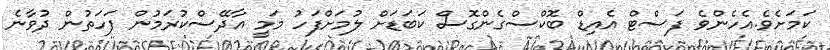
ކަމަށެވެ.އެހެންވެ ފަސްޓް އެއިޑް ބޮކްސްގެންގޮސް ކަބަޑަށް ލުމަށްފަހު މަމީ އާދޭސްކުރަމުން ފަހަތުން ދުވާނެ